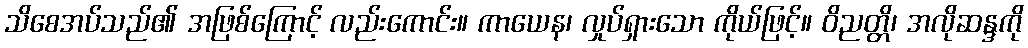
သိစေအပ်သည်၏ အဖြစ်ကြောင့် လည်းကောင်း။ ကာယေန၊ လှုပ်ရှားသော ကိုယ်ဖြင့်။ ဝိညတ္တိ၊ အလိုဆန္ဒကို